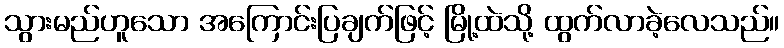
သွားမည်ဟူသော အကြောင်းပြချက်ဖြင့် မြို့ထဲသို့ ထွက်လာခဲ့လေသည်။